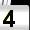
Digit: 4